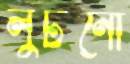
লুটনো